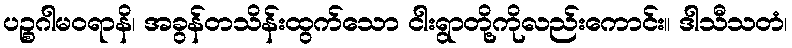
ပဉ္စဂါမဝရာနိ၊ အခွန်တသိန်းထွက်သော ငါးရွာတို့ကိုလည်းကောင်း။ ဒါသီသတံ၊